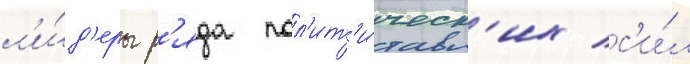
л'и́д'еры р'яда пол'ит'и́ческ'их с'и́л